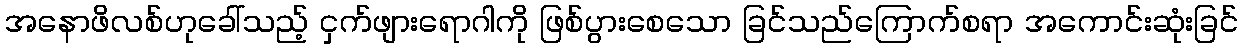
အနောဖိလစ်ဟုခေါ်သည့် ငှက်ဖျားရောဂါကို ဖြစ်ပွားစေသော ခြင်သည်ကြောက်စရာ အကောင်းဆုံးခြင်